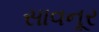
સાવનૂર